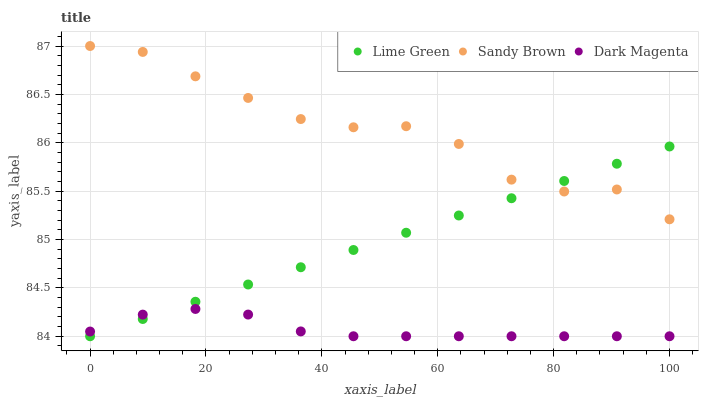
| xaxis_label | Lime Green | Sandy Brown | Dark Magenta |
 | --- | --- | --- | --- |
 | 0 | 84 | 87 | 84 |
 | 9.09 | 84.2 | 86.9 | 84.2 |
 | 18.2 | 84.4 | 86.7 | 84.3 |
 | 27.3 | 84.5 | 86.5 | 84.2 |
 | 36.4 | 84.7 | 86.2 | 84 |
 | 45.5 | 84.9 | 86.2 | 84 |
 | 54.5 | 85.1 | 86.2 | 84 |
 | 63.6 | 85.2 | 86 | 84 |
 | 72.7 | 85.4 | 85.6 | 84 |
 | 81.8 | 85.6 | 85.5 | 84 |
 | 90.9 | 85.8 | 85.5 | 84 |
 | 100 | 86 | 85.2 | 84 |